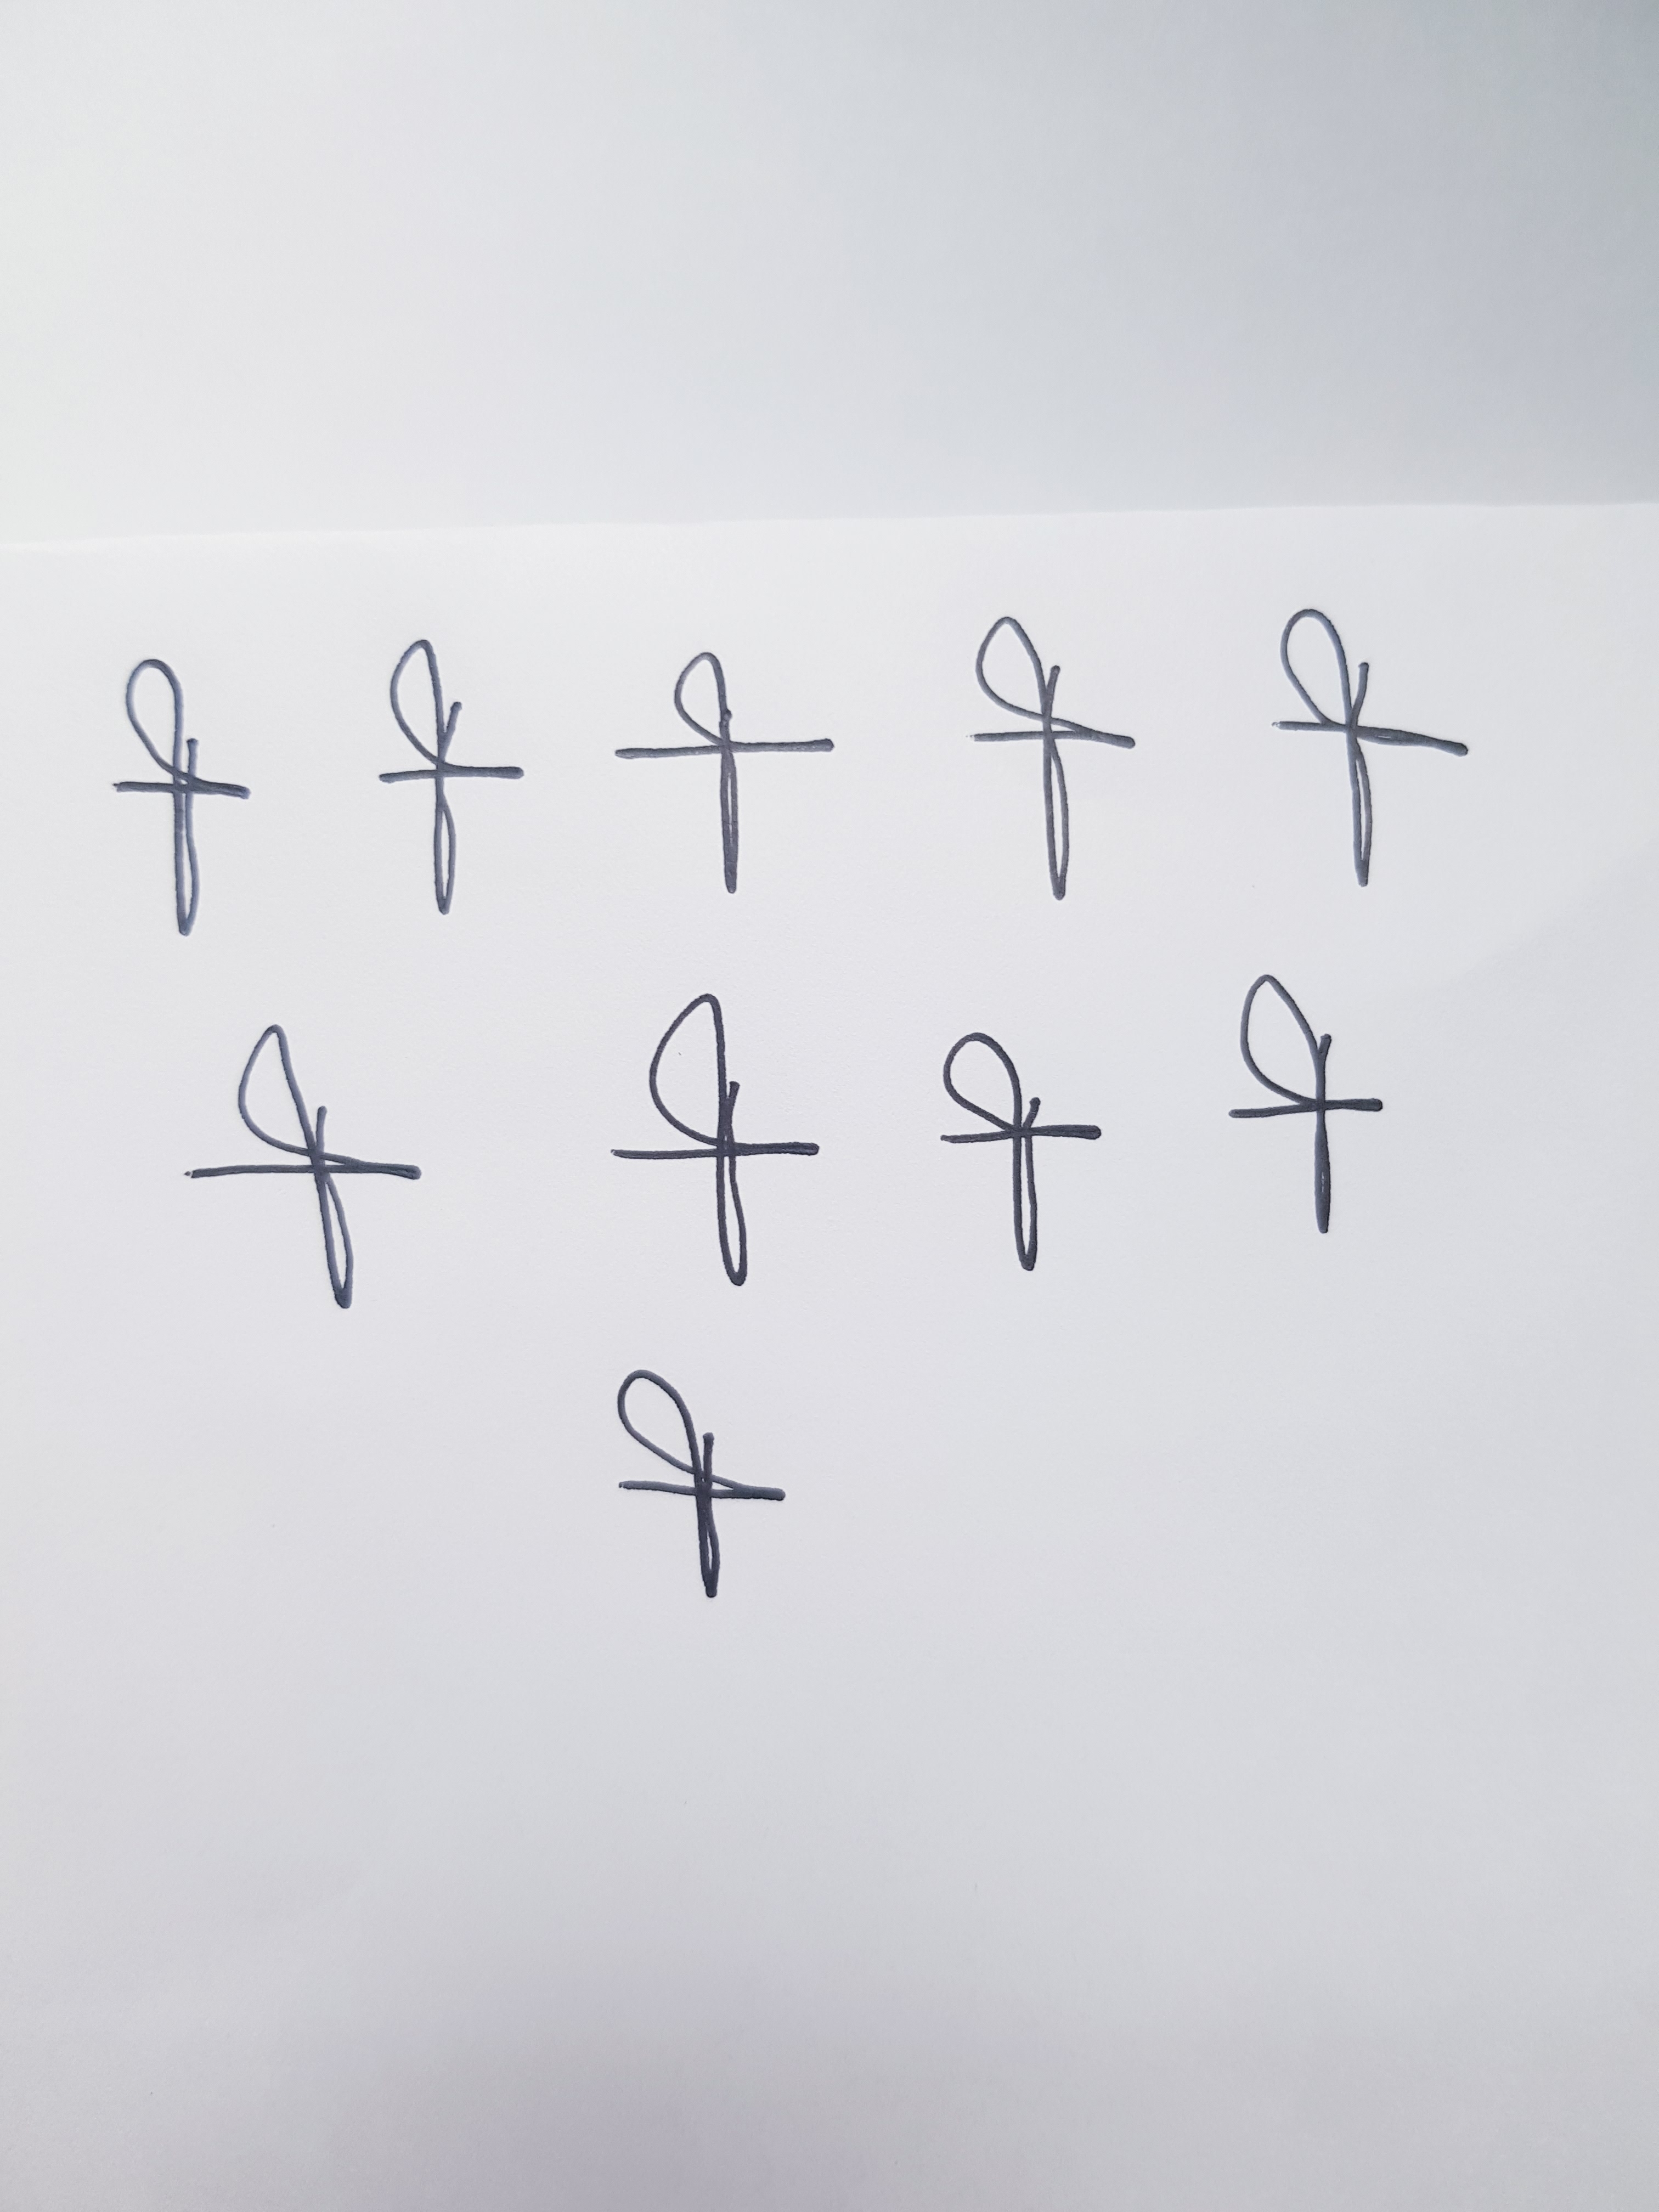
Signature authenticity: forged